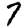
Digit: 7